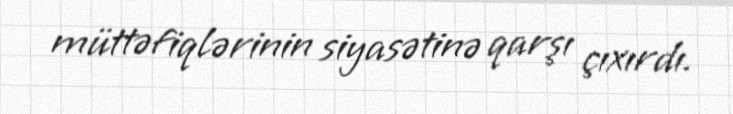
müttəfiqlərinin siyasətinə qarşı çıxırdı.